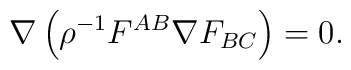
\nabla \left(\rho^{-1}F^{AB}\nabla F_{BC}\right)=0.